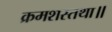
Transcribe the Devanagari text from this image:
क्रमशस्तथा॥